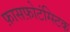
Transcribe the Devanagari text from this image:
फ़ासफ़ोटंग्स्टिक